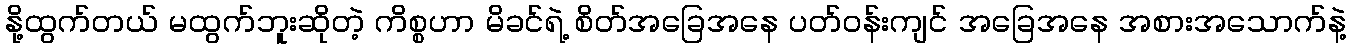
နို့ထွက်တယ် မထွက်ဘူးဆိုတဲ့ ကိစ္စဟာ မိခင်ရဲ့ စိတ်အခြေအနေ ပတ်ဝန်းကျင် အခြေအနေ အစားအသောက်နဲ့